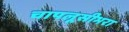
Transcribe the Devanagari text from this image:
चापलूसीभरा